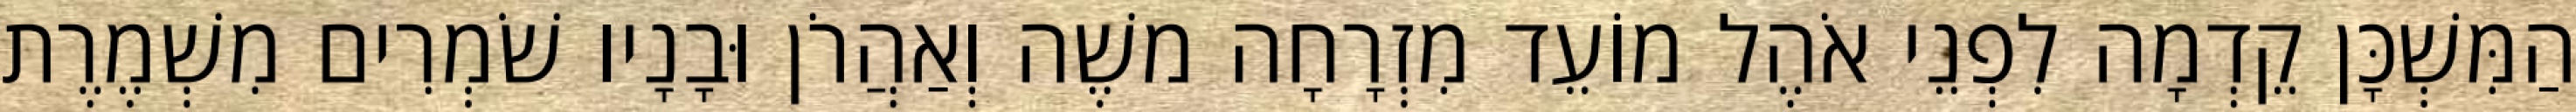
הַמִּשְׁכָּן קֵדְמָה לִפְנֵי אֹהֶל מוֹעֵד מִזְרָחָה משֶׁה וְאַהֲרֹן וּבָנָיו שֹׁמְרִים מִשְׁמֶרֶת